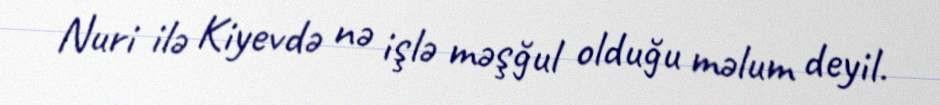
Nuri ilə Kiyevdə nə işlə məşğul olduğu məlum deyil.